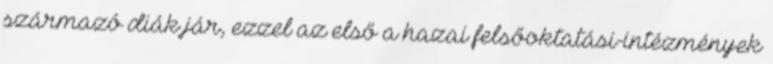
származó diák jár, ezzel az első a hazai felsőoktatási-intézmények